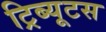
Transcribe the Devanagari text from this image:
ट्रिब्यूटस